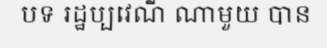
បទ រដ្ឋប្បវេណី ណាមួយ បាន